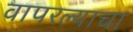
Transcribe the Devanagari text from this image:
वापरल्याचा